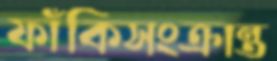
ফাঁকিসংক্রান্ত